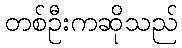
တစ်ဦးကဆိုသည်